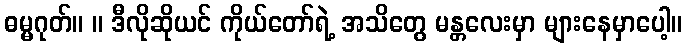
ဓမ္မဂုတ်။ ။ ဒီလိုဆိုယင် ကိုယ်တော်ရဲ့ အသိတွေ မန္တလေးမှာ များနေမှာပေါ့။